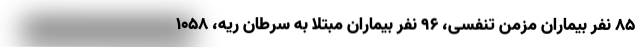
۸۵ نفر بیماران مزمن تنفسی، ۹۶ نفر بیماران مبتلا به سرطان ریه، ۱۰۵۸